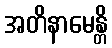
အတိနာမေန္တိ